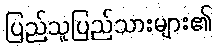
ပြည်သူပြည်သားများ၏